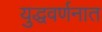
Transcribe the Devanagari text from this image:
युद्धवर्णनात